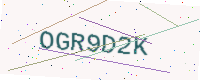
Text: OGR9D2K